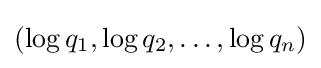
(\log q_{1},\log q_{2},\dots ,\log q_{n})